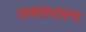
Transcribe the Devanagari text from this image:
जनसधारण